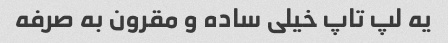
یه لپ تاپ خیلی ساده و مقرون به صرفه